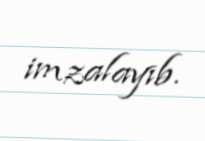
imzalayıb.